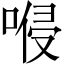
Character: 𠸬